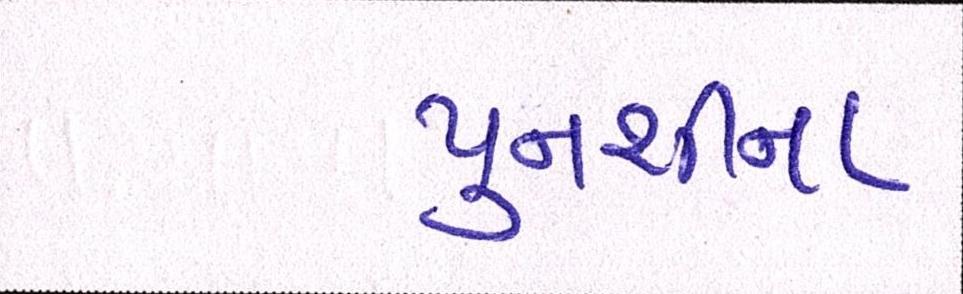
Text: પુનશીના